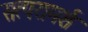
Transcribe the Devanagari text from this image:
सत्परामर्श